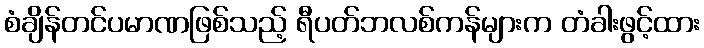
စံချိန်တင်ပမာဏဖြစ်သည့် ရီပတ်ဘလစ်ကန်များက တံခါးဖွင့်ထား